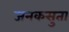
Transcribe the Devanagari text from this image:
जनकसुता